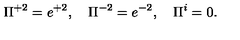
\Pi ^ { + 2 } = e ^ { + 2 } , \quad \Pi ^ { - 2 } = e ^ { - 2 } , \quad \Pi ^ { i } = 0 .